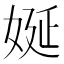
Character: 娫